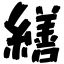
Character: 繕